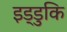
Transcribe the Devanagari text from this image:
इड्डुकि